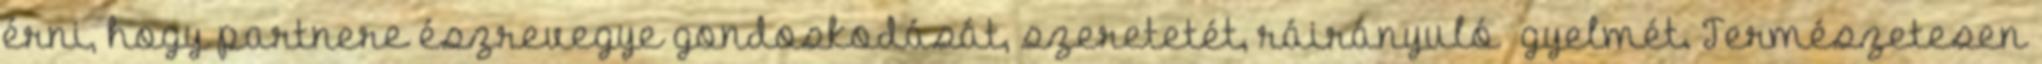
érni, hogy partnere észrevegye gondoskodását, szeretetét, ráirányuló ﬁgyelmét. Természetesen